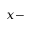
x -